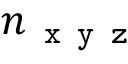
n _ { \texttt { x y z } }